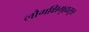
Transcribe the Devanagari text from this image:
लौगक्षिगृह्यसूत्र